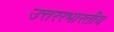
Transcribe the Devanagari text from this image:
उत्तररभारतीय